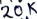
Text: 20K